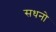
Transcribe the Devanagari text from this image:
सधनो